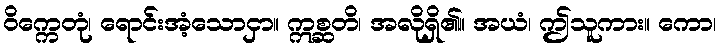
ဝိက္ကေတုံ၊ ရောင်းအံ့သောငှာ။ ဣစ္ဆတိ၊ အလိုရှိ၏။ အယံ၊ ဤသူကား။ ကော၊